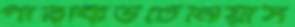
পারকিউটেনিয়াস